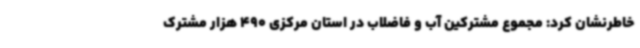
خاطرنشان کرد: مجموع مشترکین آب و فاضلاب در استان مرکزی 490 هزار مشترک